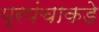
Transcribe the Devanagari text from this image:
प्रपंचाकडे